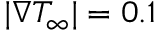
| \nabla { T } _ { \infty } | = 0 . 1